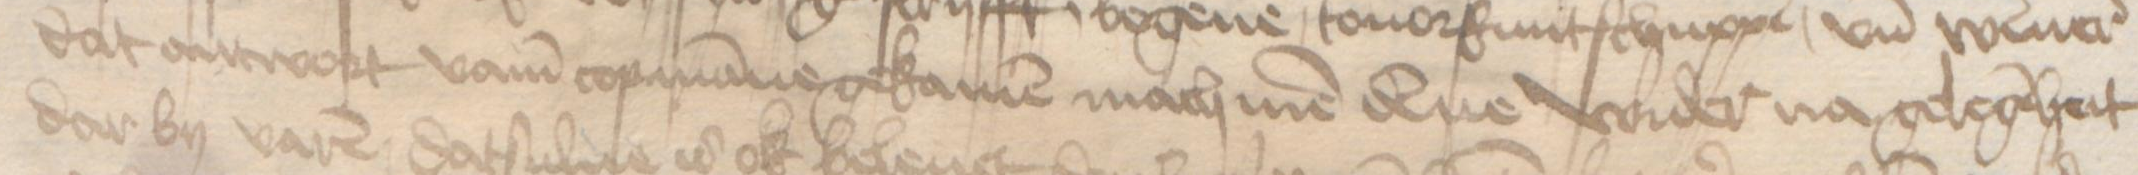
dat antwort vamm copmanne gekamen mach men denne wider na gelegeheit